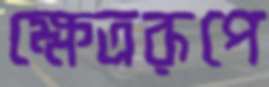
ক্ষেত্ররূপে